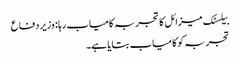
بیلسٹک میزائل کا تجربہ کامیاب رہا : وزیر دفاع
تجربہ کو کامیاب بتایا ہے۔